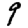
Digit: 9